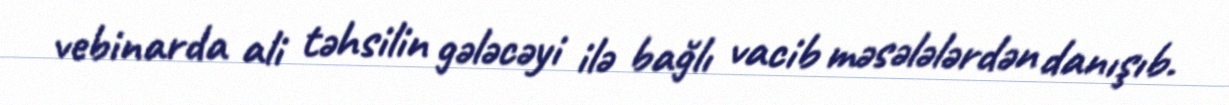
vebinarda ali təhsilin gələcəyi ilə bağlı vacib məsələlərdən danışıb.